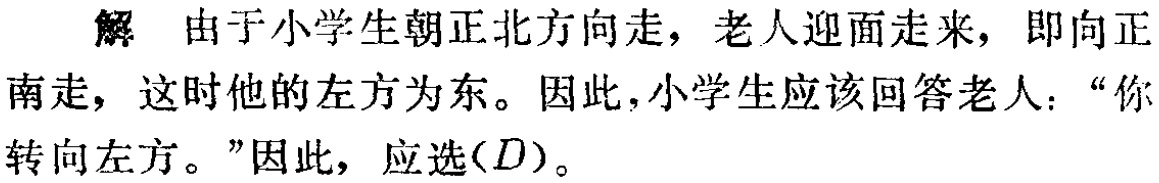
解 由于小学生朝正北方向走，老人迎面走来，即向正南走，这时他的左方为东。因此，小学生应该回答老人：“你转向左方。”因此，应选\((D)\)。